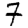
Digit: 7